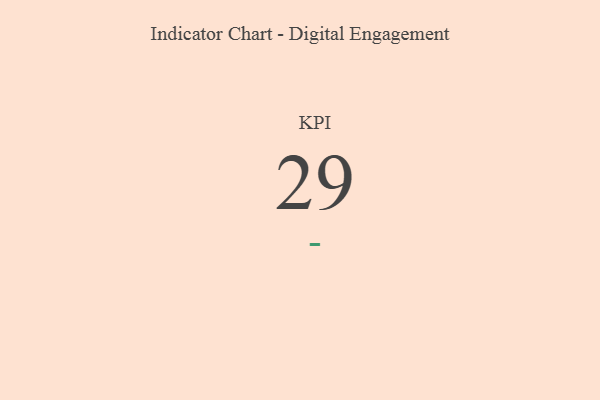
{"axis": {"x": "KPI", "y": "Value"}, "legend": [""], "data": [{"x": "KPI", "y": 29, "type": ""}]}